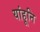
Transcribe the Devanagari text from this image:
यांहूनि